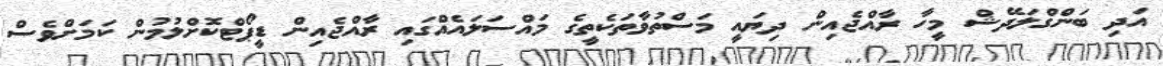
އަދި ބަންގްލަދޭޝް މީހާ ރާއްޖެއިން ދިޔައީ މަސްތުވާތަކެތީގެ މައްސަލައެއްގައި ރާއްޖެއިން ޑީޕޯޓްކޮށްލުމުން ކަމަށްވެސް